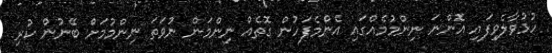
ހުޅުވާލެވިފައި އޮންނަ ނިންމުމެއްގައި އެންމެފަހުން ގޮތެއް ނިންމަން ނުވަތަ ނިންމުމަށް ބޭނުން ކުރި